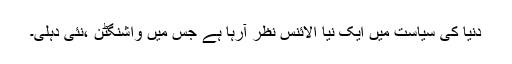
دنیا کی سیاست میں ایک نیا الائنس نظر آرہا ہے جس میں واشنگٹن ،نئی دہلی۔